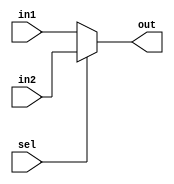
module mux2to1_64bit(in1,in2,sel,out);

parameter DWIDTH=32;							
parameter AWIDTH=10;								
parameter IWIDTH=64;
parameter CLASS=16;
parameter HiddenNeuron=16;
parameter x=4;
parameter Layer=3;
parameter t=4'b0000;
parameter k=64'h0FFC19C3E7E7C01FF;
parameter learningrate = 32'b00000000000000000000011010001101;

input [IWIDTH-1:0] in1,in2;
input sel;
output [IWIDTH-1:0] out;

assign out=sel?in2:in1;

endmodule